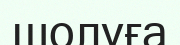
шолуға